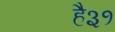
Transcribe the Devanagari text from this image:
है३१